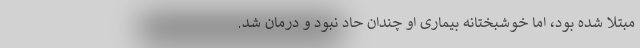
مبتلا شده بود، اما خوشبختانه بیماری او چندان حاد نبود و درمان شد.